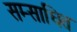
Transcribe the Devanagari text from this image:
सम्साधित